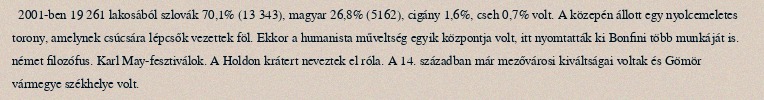
2001-ben 19 261 lakosából szlovák 70,1% (13 343), magyar 26,8% (5162), cigány 1,6%, cseh 0,7% volt. A közepén állott egy nyolcemeletes torony, amelynek csúcsára lépcsők vezettek föl. Ekkor a humanista műveltség egyik központja volt, itt nyomtatták ki Bonfini több munkáját is. német filozófus. Karl May-fesztiválok. A Holdon krátert neveztek el róla. A 14. században már mezővárosi kiváltságai voltak és Gömör vármegye székhelye volt.